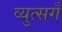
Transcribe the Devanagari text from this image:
व्युत्सगँ